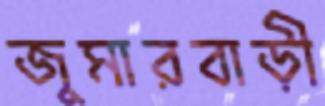
জুমারবাড়ী